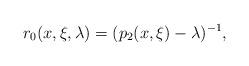
LaTeX: \begin{align*} r_0(x, \xi, \lambda) = (p_2(x, \xi) - \lambda)^{-1}, \end{align*}